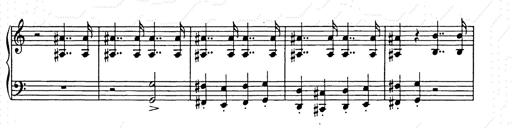
Title: Unstern!
Composer: Franz Liszt